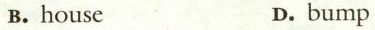
B.house D.bump